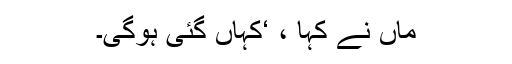
ماں نے کہا ، ‘کہاں گئی ہوگی۔